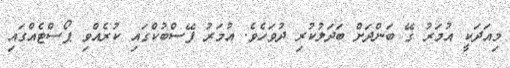
މިއަދަކީ އުމަރު ގޭ ބަންދަށް ބަދަލުކުރި ދުވަހެވެ. އުމަރު ފޭސްބުކްގައި ކުރެއްވި ޕޯސްޓެއްގައި